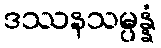
ဒဿနသမ္ပန္နံ